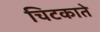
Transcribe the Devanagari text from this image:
चिटकाते